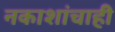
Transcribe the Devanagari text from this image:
नकाशांचाही